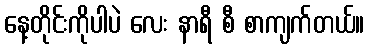
နေ့တိုင်းကိုပါပဲ လေး နာရီ စီ စာကျက်တယ်။